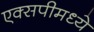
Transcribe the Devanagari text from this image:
एक्सपीमध्ये